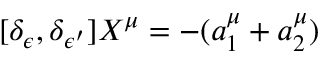
[ \delta _ { \epsilon } , \delta _ { \epsilon ^ { \prime } } ] X ^ { \mu } = - ( a _ { 1 } ^ { \mu } + a _ { 2 } ^ { \mu } )